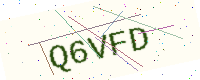
Text: Q6VFD